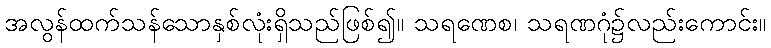
အလွန်ထက်သန်သောနှစ်လုံးရှိသည်ဖြစ်၍။ သရဏေစ၊ သရဏဂုံ၌လည်းကောင်း။